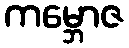
ကမ္ဘောဇ